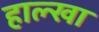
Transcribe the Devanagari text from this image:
हाल्खा